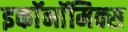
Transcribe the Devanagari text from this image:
इकाॅनाॅमिक्स